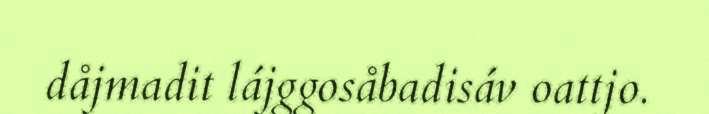
dåjmadit lájggosåbadisáv oattjo.